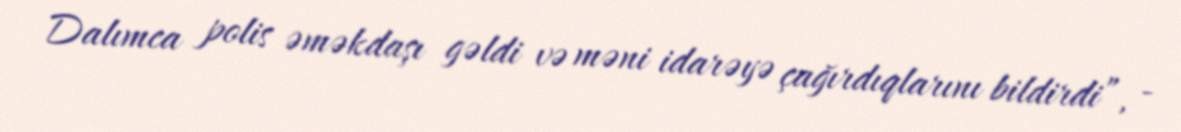
Dalımca polis əməkdaşı gəldi və məni idarəyə çağırdıqlarını bildirdi”, -